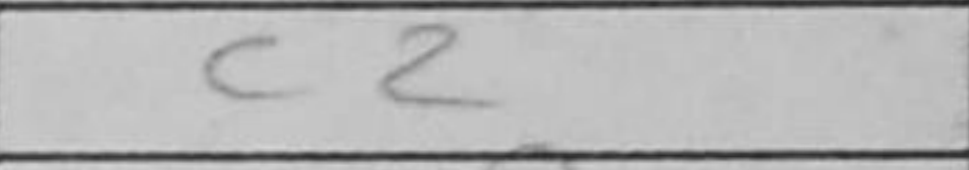
Transcription: c2